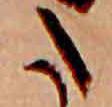
た